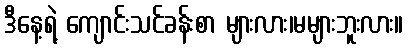
ဒီနေ့ရဲ့ ကျောင်းသင်ခန်းစာ များလား၊မများဘူးလား။